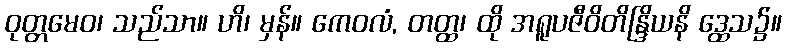
ဝုတ္တမေဝ၊ သည်သာ။ ဟိ၊ မှန်။ ကေဝလံ, တတ္ထ၊ ထို အရူပဇီဝိတိန္ဒြိယနိ ဒ္ထေသ၌။